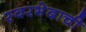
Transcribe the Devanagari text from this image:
स्वरभेदाची